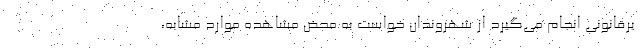
یرقانونی انجام می‌گیرد از شهروندان خواست به محض مشاهده موارد مشابه،